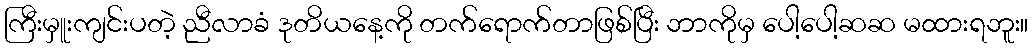
ကြီးမှူးကျင်းပတဲ့ ညီလာခံ ဒုတိယနေ့ကို တက်ရောက်တာဖြစ်ပြီး ဘာကိုမှ ပေါ့ပေါ့ဆဆ မထားရဘူး။